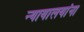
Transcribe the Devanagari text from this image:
न्यायालयांना